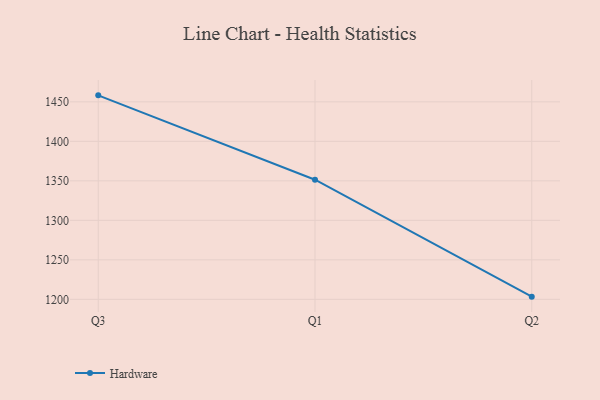
{"axis": {"x": "Quarter", "y": "Page Views"}, "legend": ["Hardware"], "data": [{"x": "Q3", "y": 1458.2, "type": "Hardware"}, {"x": "Q1", "y": 1351.4, "type": "Hardware"}, {"x": "Q2", "y": 1203.4, "type": "Hardware"}]}